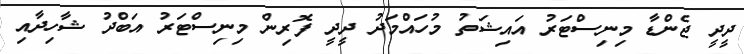
ދީދީ ޖެންޑާ މިނިސްޓަރު އައިޝަތު މުހައްމަދު ދީދީ ފޮރިން މިނިސްޓަރު އަބްދު ޝާހިދާއި